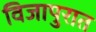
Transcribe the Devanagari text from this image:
विजापुरात